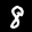
Label: 8